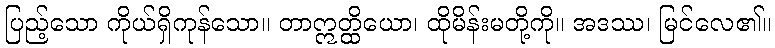
ပြည့်သော ကိုယ်ရှိကုန်သော။ တာဣတ္ထိယော၊ ထိုမိန်းမတို့ကို။ အဒဿ၊ မြင်လေ၏။